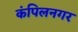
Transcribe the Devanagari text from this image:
कंपिलनगर